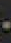
-